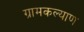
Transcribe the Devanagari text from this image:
ग्रामकल्याण